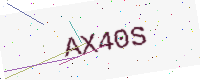
Text: AX40S